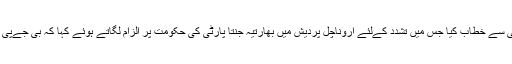
مسٹر گاندھی نے بعد میں ایک ریلی سے خطاب کیا جس میں تشدد کےلئے اروناچل پردیش میں بھارتیہ جنتا پارٹی کی حکومت پر الزام لگاتے ہوئے کہا کہ بی جےپی ملک میں بدامنی پھیلانا چاہتی ہے۔